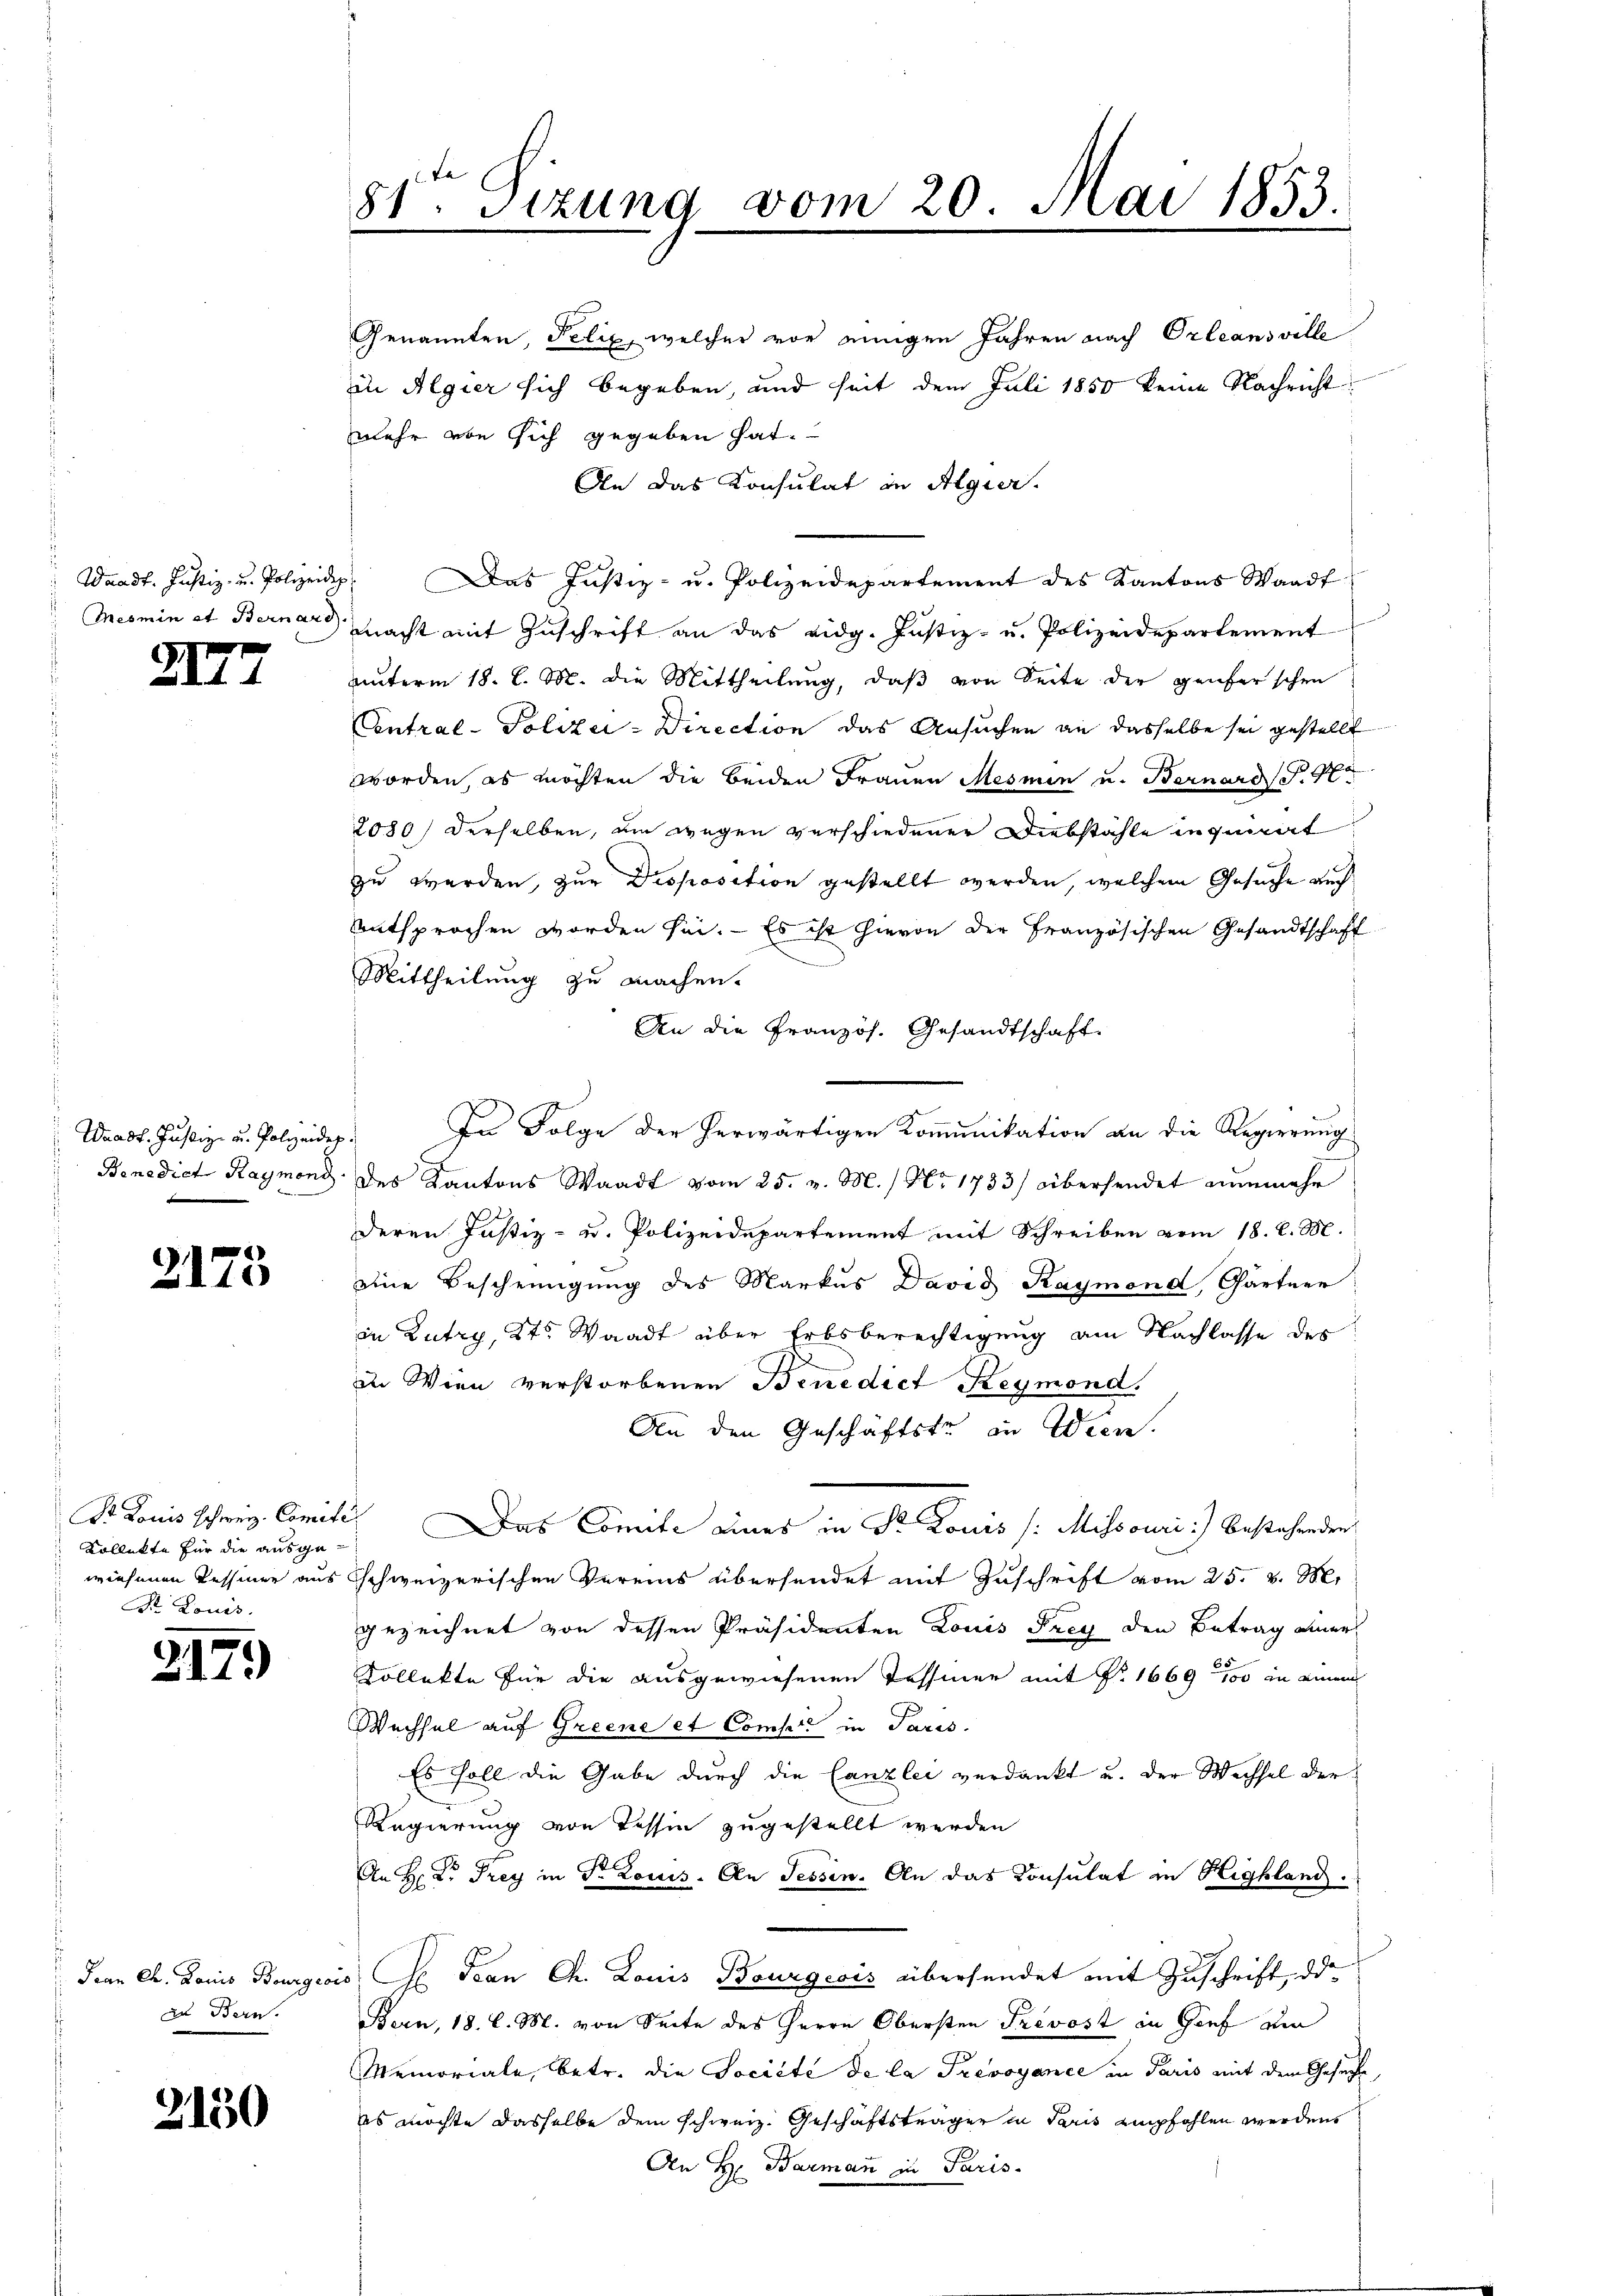
Waadt. Justiz- u. Polizeider
Mesmin et Bernard

XII

Waadt. Justiz- u. Polizeide
Benedict Raymond

3.175

Dr. Louis schweiz. Comet.
Kollekte für die ausgewiesenen Tessiner aus
Dr. Louis.

217.

Frau Ch. Louis Bourgeoi
al Bern.

3150

81. Sitzung vom 20. Mai 1853.

Genannten, Felix, welcher vor einigen Jahren nach Orleansville
in Algier sich begeben, und seit dem Juli 1850 keine Nachricht
mehr von sich gegeben hat.
An das Konsulat in Algier.
. Das Justiz- u. Polizeidepartement des Kantons Waadt
macht mit Zuschrift an das eidg. Justiz- u. Polizeidepartement
unterm 18. d. M. die Mittheilung, daß von Seite der Genferschen
Contral-Polizei-Direction das Ansuchen an dasselbe sei gestellt
worden, es möchten die beiden Frauen Mesmen u. Bernard S. 4
2080) Derselben, um wegen verschiedener Diebstahle in quat
zu werden, zur Droposition gestellt werden, welchem Gesuche auch
entsprochen worden sei. Es ist hievon der Französischen Gesandtschaft
Mittheilung zu machen.
An die Französ. Gesandtschaft.
In Folge der herwärtigen Kommunikation an die Regierung
des Kantons Waadt vom 25. v. M. / Nr 1783 übersendet nunmehr
deren Justiz- u. Polizeidepartement mit Schreiben vom 18. l. M.
eine Bescheinigung des Markus David Raymond, Gärtner
in Zutry, Kts. Waadt über Erbsberechtigung am Nachlasse des
in Wien verstorbenen Benedict Reymond.
An den Geschäftste in Wien.
 Das Comite eines in St. Louis /: Missouri :/ bestehenden
schweizerischen Vereins übersendet mit Zuschrift vom 25. v. M.
gezeichnet von dessen Präsidenten Louis Frey den Betrag einer
Kollekte für die ausgewiesenen Tessiner mit No 1669 n 100 in einem
Wechsel auf Greene et Compre in Paris.
Es soll die Gabe durch die Canzlei verdankt u. der Wechsel der¬
Regierung von Tessin zugestellt werden
An H. Dr Frey in Dr Louis. An Tessin. An das Consulat in Highland.
o Frau Ch. Louis Bourgeois übersendet mit Zuschrift, da
Bern, 18. l. M. von Seite des Herrn Obersten Trevost in Genf au
Memoriale, betr. die Société de la Prevoyance in Paris mit dem Gesuche
es möchte dasselbe dem schweiz. Geschäftsträger in Paris empfohlen werden
An H. Barman in Paris